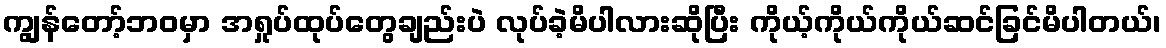
ကျွန်တော့်ဘဝမှာ အရှုပ်ထုပ်တွေချည်းပဲ လုပ်ခဲ့မိပါလားဆိုပြီး ကိုယ့်ကိုယ်ကိုယ်ဆင်ခြင်မိပါတယ်၊